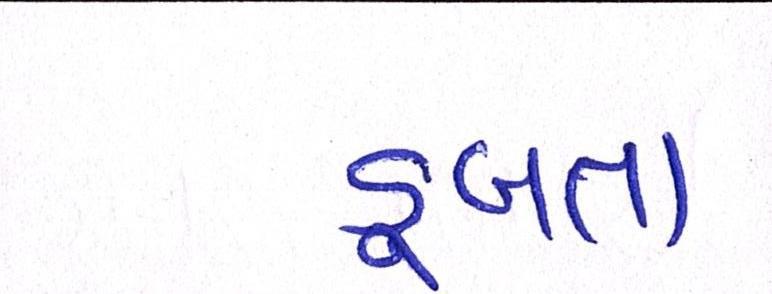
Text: ડૂબતા